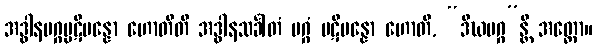
အဒ္ဓါနမဂ္ဂပ္ပဋိပန္နော ဟောတီတိ အဒ္ဓါနသင်္ခါတံ မဂ္ဂံ ပဋိပန္နော ဟောတိ, “ဒီဃမဂ္ဂ”န္တိ အတ္ထော။